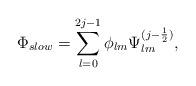
\begin{align*}\Phi_{slow} = \sum_{l=0}^{2j-1} \phi_{lm} \Psi^{(j-\frac{1}{2})}_{lm},\end{align*}